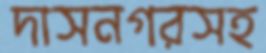
দাসনগরসহ